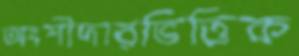
অংশীদারভিত্তিক